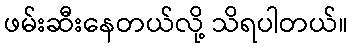
ဖမ်းဆီးနေတယ်လို့ သိရပါတယ်။